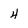
Character: 4